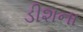
ડીશના